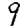
Digit: 9